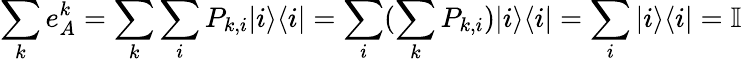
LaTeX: \sum_{k}e_{A}^{k}=\sum_{k}\sum_{i}P_{k,i}|i\rangle\langle i|=\sum_{i}(\sum_{k}P_{k,i})|i\rangle\langle i|=\sum_{i}|i\rangle\langle i|=\mathbb{I}